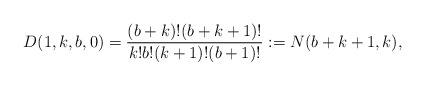
\begin{gather*} D(1,k,b,0) = {(b+k)! (b+k+1)! \over k! b! (k+1)! (b+1)!}:=N(b+k+1,k),\end{gather*}